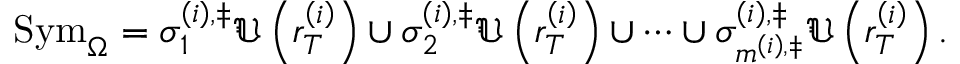
\mathrm { S y m } _ { \Omega } = \sigma _ { 1 } ^ { \left( i \right) , \ddag } \mathfrak { U } \left( r _ { T } ^ { \left( i \right) } \right) \cup \sigma _ { 2 } ^ { \left( i \right) , \ddag } \mathfrak { U } \left( r _ { T } ^ { \left( i \right) } \right) \cup \cdots \cup \sigma _ { m ^ { \left( i \right) , \ddag } } ^ { \left( i \right) , \ddag } \mathfrak { U } \left( r _ { T } ^ { \left( i \right) } \right) .